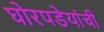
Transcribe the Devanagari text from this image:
घोरपडेयांची